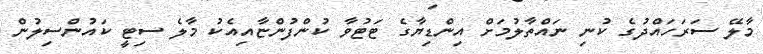
މާލޭ ސަރަހައްދުގެ ކުނި ނައްތާލުމަށް އިންޑިޔާގެ ޓަޓުވާ ކުންފުންޏާއިއެކު މާލެ ސިޓީ ކައުންސިލުން